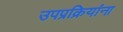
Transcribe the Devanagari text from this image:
उपप्रक्रियांना